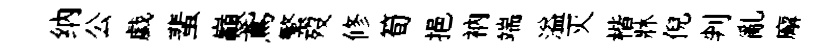
纳公戯蜚巔鳶繁歿修筍挹衲端溢灭楷牀倪判亂廨